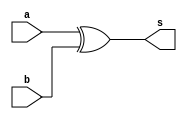
// Guia_0804.v
module Guia_0804 (input [5:0] a, input [5:0] b, output [5:0] s);
    // Descrio por portas e/ou mdulos
    assign s = (a ^ b);
endmodule // Guia_0804

module Guia_0804_tb;
    // Definir dados
    reg [5:0] x;
    reg [5:0] y;
    wire [5:0] result;

    // Instanciar a unidade lgica
    Guia_0804 LU (x, y, result);

    // Parte principal
    initial begin
        
        // Teste 1
        x = 6'b000000;
        y = 6'b000000;
        #10 $display("x = %b, y = %b, s = %b", x, y, result);

        // Teste 2
        x = 6'b101010;
        y = 6'b010101;
        #10 $display("x = %b, y = %b, s = %b", x, y, result);

        // Adicione mais casos de teste conforme necessrio

        // Finalizar simulao
        $finish;
    end
endmodule // Guia_0804_tb